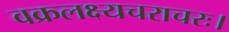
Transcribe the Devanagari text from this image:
वक्रलक्ष्यचराचरः।